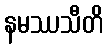
နမဿသီတိ